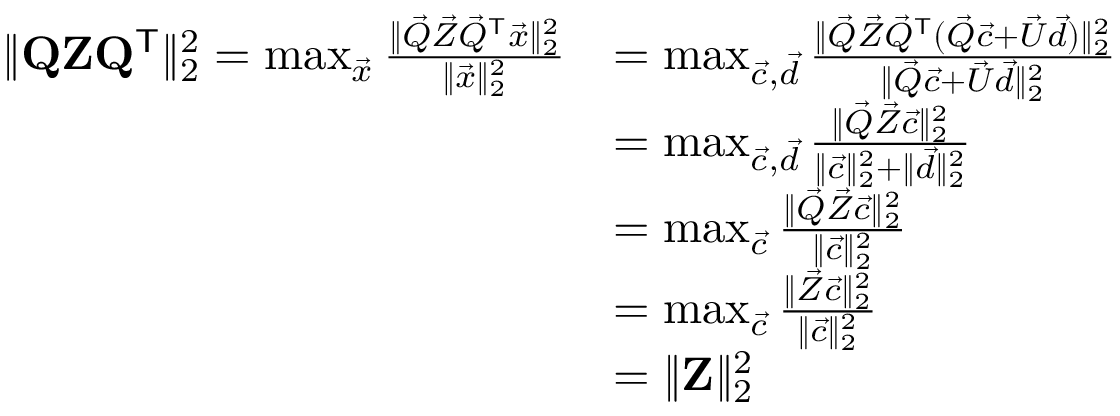
\begin{array} { r l } { \| \mathbf { Q } \mathbf { Z } \mathbf { Q } ^ { \mathsf { T } } \| _ { 2 } ^ { 2 } = \operatorname* { m a x } _ { \vec { x } } \frac { \| \vec { Q } \vec { Z } \vec { Q } ^ { \mathsf { T } } \vec { x } \| _ { 2 } ^ { 2 } } { \| \vec { x } \| _ { 2 } ^ { 2 } } } & { = \operatorname* { m a x } _ { \vec { c } , \vec { d } } \frac { \| \vec { Q } \vec { Z } \vec { Q } ^ { \mathsf { T } } ( \vec { Q } \vec { c } + \vec { U } \vec { d } ) \| _ { 2 } ^ { 2 } } { \| \vec { Q } \vec { c } + \vec { U } \vec { d } \| _ { 2 } ^ { 2 } } } \\ & { = \operatorname* { m a x } _ { \vec { c } , \vec { d } } \frac { \| \vec { Q } \vec { Z } \vec { c } \| _ { 2 } ^ { 2 } } { \| \vec { c } \| _ { 2 } ^ { 2 } + \| \vec { d } \| _ { 2 } ^ { 2 } } } \\ & { = \operatorname* { m a x } _ { \vec { c } } \frac { \| \vec { Q } \vec { Z } \vec { c } \| _ { 2 } ^ { 2 } } { \| \vec { c } \| _ { 2 } ^ { 2 } } } \\ & { = \operatorname* { m a x } _ { \vec { c } } \frac { \| \vec { Z } \vec { c } \| _ { 2 } ^ { 2 } } { \| \vec { c } \| _ { 2 } ^ { 2 } } } \\ & { = \| \mathbf { Z } \| _ { 2 } ^ { 2 } } \end{array}